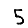
Digit: 5